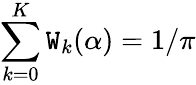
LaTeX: \sum_{k=0}^{K}\mathtt{W}_{k}(\alpha)=1/\pi